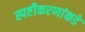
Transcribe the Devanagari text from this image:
स्पष्टीकरणांकडे